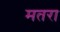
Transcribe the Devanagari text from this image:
मतरा